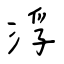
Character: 浮